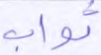
ثواب